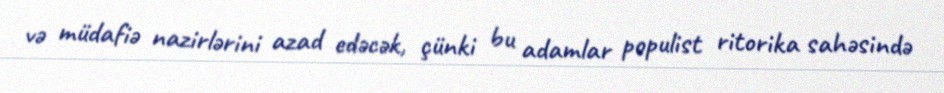
və müdafiə nazirlərini azad edəcək, çünki bu adamlar populist ritorika sahəsində